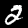
Digit: 2